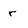
Character: r